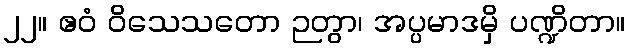
၂၂။ ဧဝံ ဝိသေသတော ဉတွာ၊ အပ္ပမာဒမှိ ပဏ္ဍိတာ။